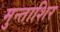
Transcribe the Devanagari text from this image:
मुन्ताशिर